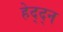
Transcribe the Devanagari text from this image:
हेद्द्न